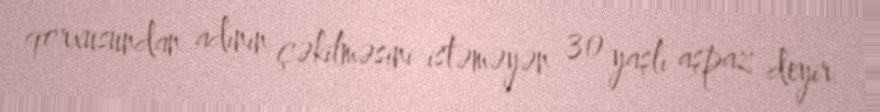
qorxusundan adının çəkilməsini istəməyən 30 yaşlı aşpaz deyir.